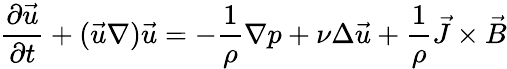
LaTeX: {\frac{\partial{\vec{u}}}{\partial t}}+({\vec{u}}\nabla){\vec{u}}=-{\frac{1}{\rho}}\nabla p+\nu\Delta{\vec{u}}+{\frac{1}{\rho}}{\vec{J}}\times{\vec{B}}